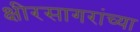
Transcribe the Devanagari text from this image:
क्षीरसागरांच्या